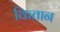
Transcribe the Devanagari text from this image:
कितान